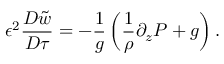
\epsilon ^ { 2 } \frac { D \tilde { w } } { D \tau } = - \frac { 1 } { g } \left( \frac { 1 } { \rho } \partial _ { z } P + g \right) .